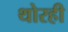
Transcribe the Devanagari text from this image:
थोरही